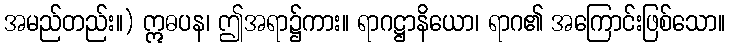
အမည်တည်း။) ဣဓပန၊ ဤအရာ၌ကား။ ရာဂဋ္ဌာနိယော၊ ရာဂ၏ အကြောင်းဖြစ်သော။